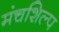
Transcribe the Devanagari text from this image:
मंचशिल्प